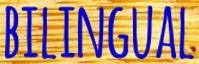
BILINGUAL